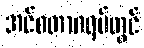
အင်စတာဂရမ်တွင်